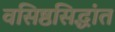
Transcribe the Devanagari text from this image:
वसिष्ठसिद्धांत